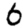
Digit: 6